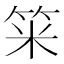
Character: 𥭁